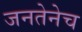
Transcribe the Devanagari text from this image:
जनतेनेच